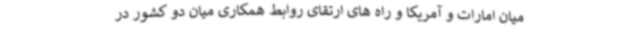
میان امارات و آمریکا و راه های ارتقای روابط همکاری میان دو کشور در